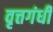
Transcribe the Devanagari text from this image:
वृत्तगंधी